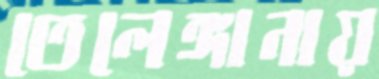
তেলেঙ্গানায়